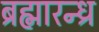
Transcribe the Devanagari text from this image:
ब्रह्मारन्ध्र